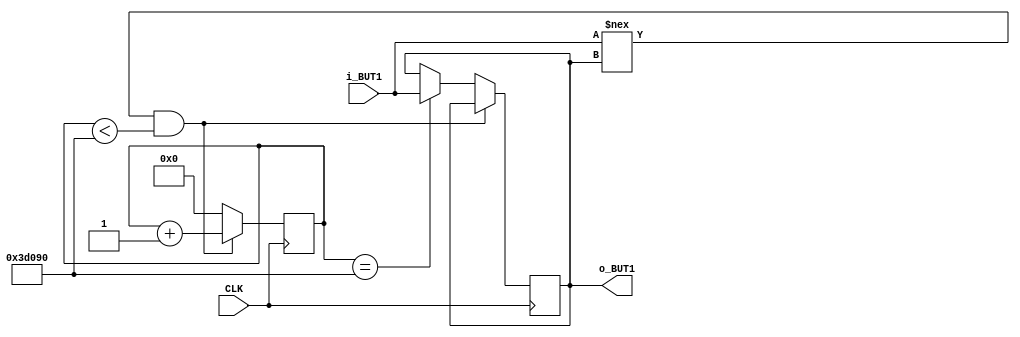
module Debounce(input CLK, input i_BUT1, output o_BUT1);

  parameter MAX_COUNT = 250000;
  reg state = 1'b0;
  // This is creating a register with room for 18 bits. This is needed to be
  // able to store up to the value of MAX_COUNT.
  reg [17:0] count = 0;

  always @ (posedge CLK)
    begin
      // Checking current state of BUT1 and if it is different
      // (there is a toggle) and our counter has not reached or MAX_COUNT
      // (which is our time used to try to avoid the glitches).
      if (i_BUT1 !== state && count < MAX_COUNT)
        count <= count + 1; 
      // MAX_COUNT has been reached and the current value has been different
      // from previous state for that period of time so we consider it stable.
      else if (count == MAX_COUNT)
        begin
          count <= 0;
          state <= i_BUT1;
        end
      // The below else is when the current state and the previous state are not
      // different (indicating a glitch) so we restart the counter so that we
      // can wait for the stable signal state.
      else
        count <= 0;
    end

  assign o_BUT1 = state;

endmodule